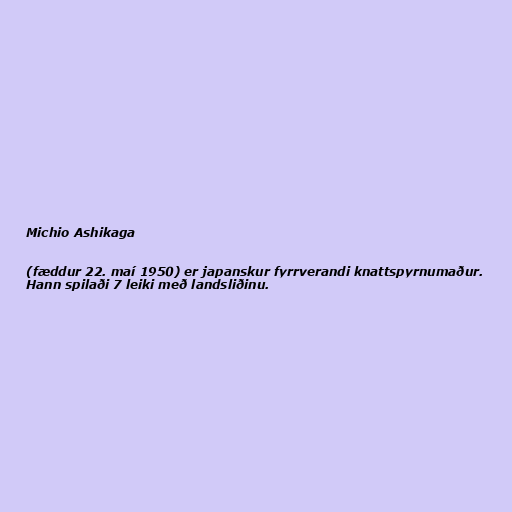
Michio Ashikaga

(fæddur 22. maí 1950) er japanskur fyrrverandi knattspyrnumaður.
Hann spilaði 7 leiki með landsliðinu.